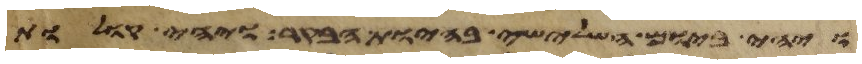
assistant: ויהי ביום השלישי בהיות הבקר ויהי קולות